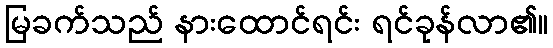
မြခက်သည် နားထောင်ရင်း ရင်ခုန်လာ၏။